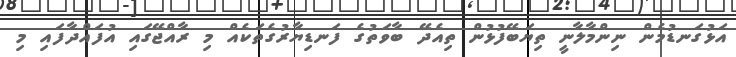
އަޅުގަނޑުމެން ނިންމާލާނީ ތިޔަބޭފުޅުން ތިއެދޭ ބާވަތުގެ ފަނޑިޔާރުގެތަކެއް މި ރާއްޖޭގައި އުފައްދާފައި މި